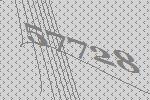
57728